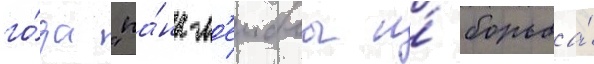
го́да "па́нк-л'еиблы и́ борьба́